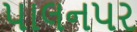
પાલનપર